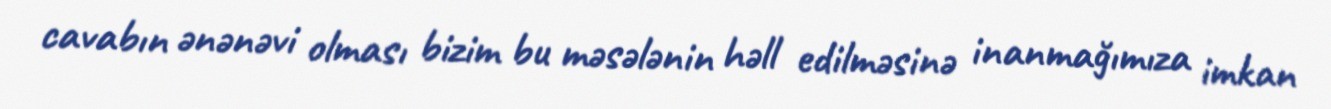
cavabın ənənəvi olması bizim bu məsələnin həll edilməsinə inanmağımıza imkan